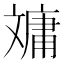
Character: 𣁠